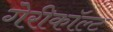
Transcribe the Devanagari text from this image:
गेरीकॉल्ट